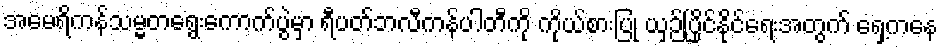
အမေရိကန်သမ္မတရွေးကောက်ပွဲမှာ ရီပတ်ဘလီကန်ပါတီကို ကိုယ်စားပြု ယှဉ်ပြိုင်နိုင်ရေးအတွက် ရှေ့ကနေ